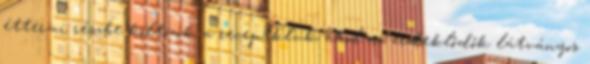
éttermi részbe költözik a receptklub, ahol az érdeklődők látványos